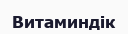
Витаминдік